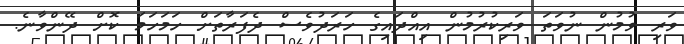
ވަރި ވުމުން ނުވަތަ ވަރިކުރުމުން އިއްދައިގެ ހަރަދުވެސް ދެފަރާތަށް ހަމަހަމަ ކޮށް ދޭންވާނެ.